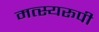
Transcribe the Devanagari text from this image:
मत्स्यरूपी